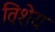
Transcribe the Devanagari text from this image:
विशेय